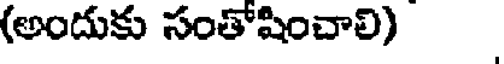
(అందుకు సంతోషించాలి)